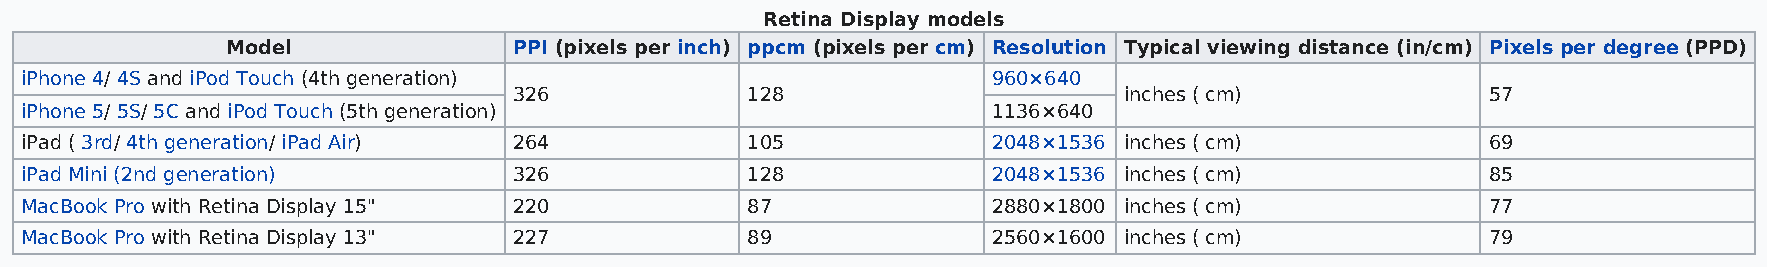
Retina Display models
 Model              PPI (pixels per inch) ppcm (pixels per cm) Resolution Typical viewing distance (in/cm) Pixels per degree (PPD)
 iPhone 4/ 4S and iPod Touch (4th generation)                     960×640
 326            128                      inches ( cm)             57
 iPhone 5/ 5S/ 5C and iPod Touch (5th generation)                 1136×640
 iPad ( 3rd/ 4th generation/ iPad Air) 264       105              2048×1536 inches ( cm)           69
 iPad Mini (2nd generation)       326            128              2048×1536 inches ( cm)           85
 MacBook Pro with Retina Display 15" 220         87               2880×1800 inches ( cm)           77
 MacBook Pro with Retina Display 13" 227         89               2560×1600 inches ( cm)           79